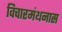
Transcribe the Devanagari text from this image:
विचारमंथनास